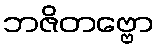
ဘဇိတဗ္ဗော